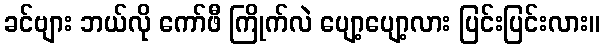
ခင်ဗျား ဘယ်လို ကော်ဖီ ကြိုက်လဲ ပျော့ပျော့လား ပြင်းပြင်းလား။